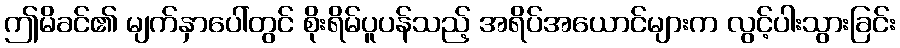
ဤမိခင်၏ မျက်နှာပေါ်တွင် စိုးရိမ်ပူပန်သည့် အရိပ်အယောင်များက လွင့်ပါးသွားခြင်း